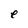
Character: e